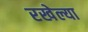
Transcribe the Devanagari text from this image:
रखेल्या